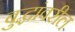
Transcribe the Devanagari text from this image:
बुद्धांवरील